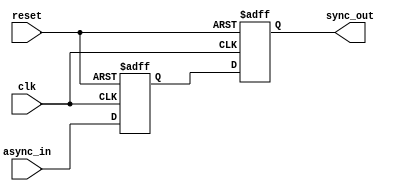
module TwoFF_Metastability_Detector (
    input wire clk,           // Synchronous clock input
    input wire async_in,      // Asynchronous input signal
    input wire reset,         // Reset signal
    output reg sync_out       // Synchronized output signal
);

// Internal signals
reg out1; // Output of the first flip-flop

// First Flip-Flop (FF1)
always @(posedge clk or posedge reset) begin
    if (reset) begin
        out1 <= 1'b0; // Initialize to known state on reset
    end else begin
        out1 <= async_in; // Sample the asynchronous input
    end
end

// Second Flip-Flop (FF2)
always @(posedge clk or posedge reset) begin
    if (reset) begin
        sync_out <= 1'b0; // Initialize to known state on reset
    end else begin
        sync_out <= out1; // Sample the output of FF1
    end
end

endmodule